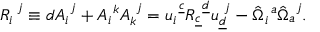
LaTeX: R _ { i } ^ { ~ j } \equiv d A _ { i } ^ { ~ j } + A _ { i } ^ { ~ k } A _ { k } ^ { ~ j } = u _ { i } ^ { ~ \underline { { c } } } R _ { \underline { { c } } } ^ { ~ \underline { { d } } } u _ { \underline { { d } } } ^ { ~ j } - \hat { \Omega } _ { i } ^ { ~ a } \hat { \Omega } _ { a } ^ { ~ j } .